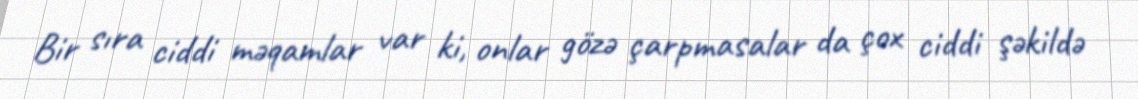
Bir sıra ciddi məqamlar var ki, onlar gözə çarpmasalar da çox ciddi şəkildə